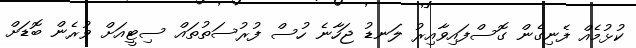
ކުޅުމެއް ފެނިގެން ގޮސްފައިވާއިރު ލަނޑު ޖަހާނެ ހުސް ފުރުސަތުތައް ސިޓީއަށް ވުރެން ބޮޑަށް